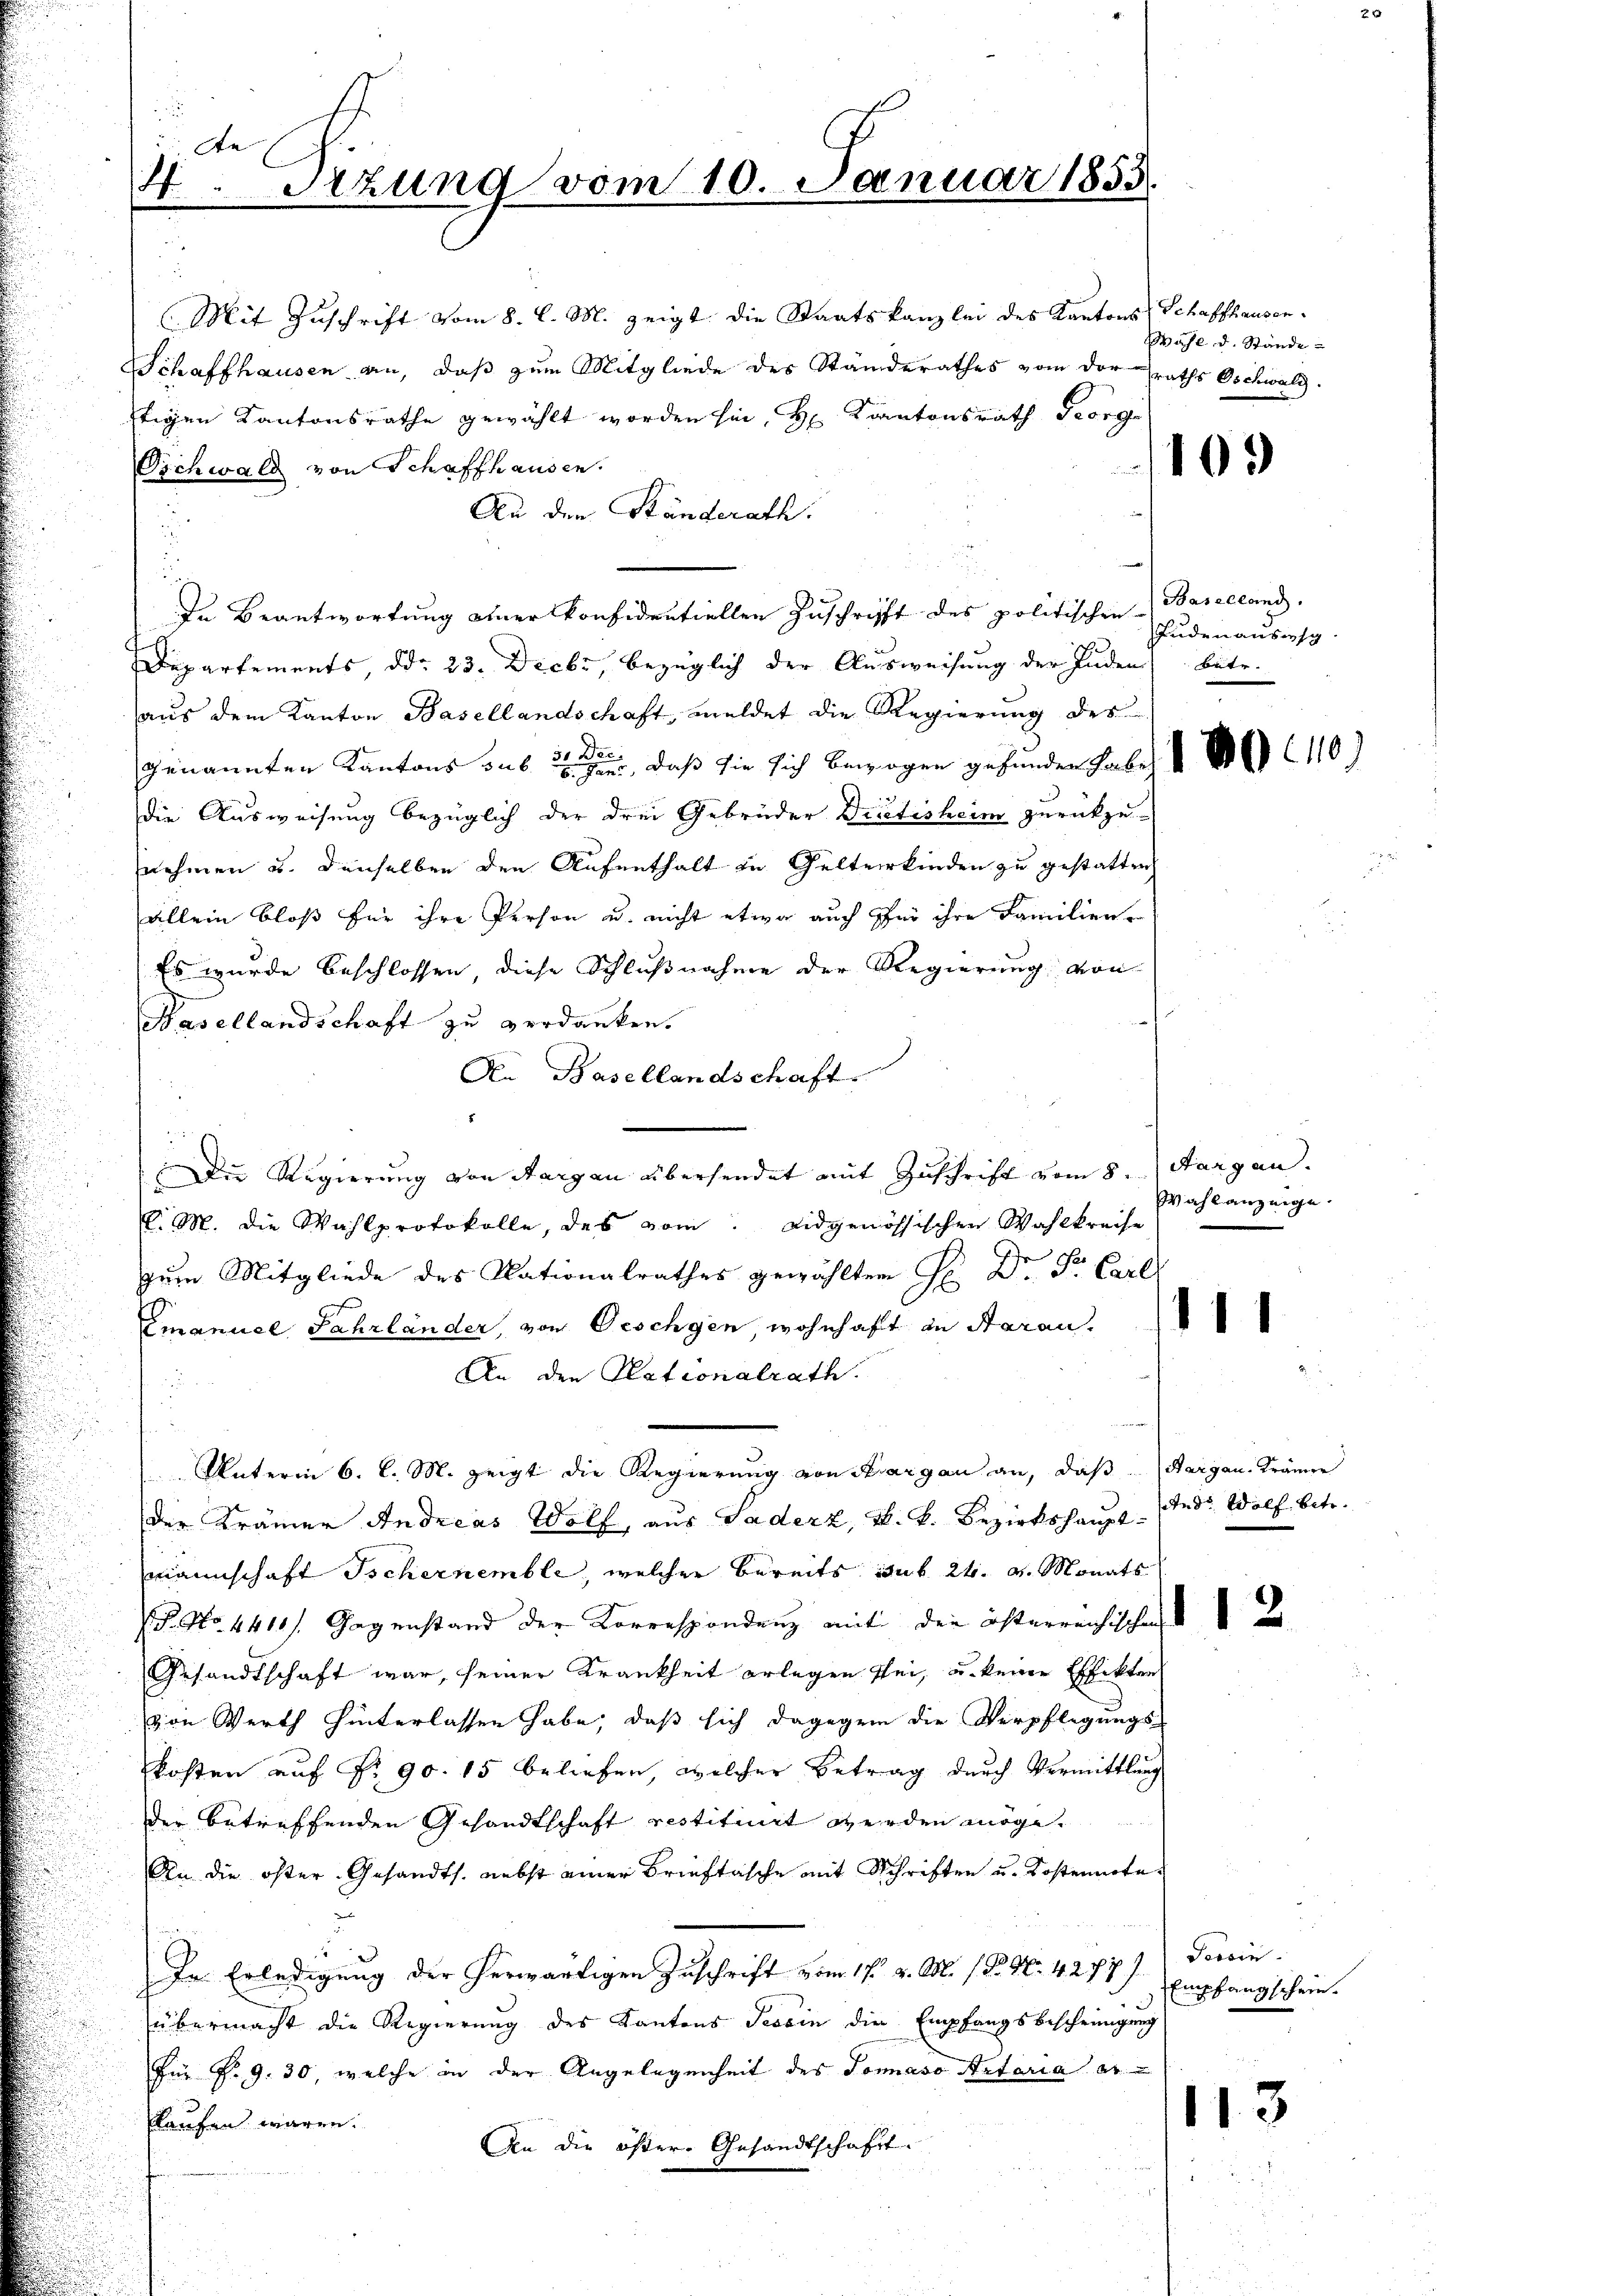
de
4.Sezung vom 10. Januar 1855.

Mit Zuschrift vom 8. l. M. zeigt die Staatskanzlei des Kantons Schaffhausen.
Schaffhausen an, daß zum Mitgliede des Ständerathes vom der raths Oschwald.
ftigen Kantonsrathe gewählt worden hin, Hr. Kantonsrath Georg
Vichwald von Schaffhausen.
An den Ständerath.
In Beantwortung einer konfidentiellen Zuschrift des politischen Baselland.
Departements, ddo 23. Decbr, bezüglich der Ausweisung der Juden betr.
aus dem Kanton Basellandschaft, meldet die Regierung des
genannten Kantons aus der, daß sie sich bewogen gefunden habe, d. M. 110)
die Ausweisung bezüglich der drei Gebrüder Dictisheim zurückzu-
nehmen u. denselben den Aufenthalt in Gelterkinden zu gestatten
allein bloß für ihre Person u. nicht etwa auch für ihre Familien
Es wurde beschlossen, diese Schlußnahme der Regierung von
Hasellandschaft zu verdanken.
An Basellandschaft
C.M. die Wahlprotokolle, des vom Eidgenössischen Wahlkreise
zum Mitgliede des Nationalrathes gewählten H. Dr. Fr. Carl
1
Emanuel Jahrländer, von Geschgen, wohnhaft in Saran¬
An den Nationalrath.
u
Unterm 6. l. M. zeigt die Regierung von Margau an, daß Sargau Krämer
der Krämer Andreas Wolf, aus Saderz, k. k. Bezirkshaupt- Andr. Wolf betr.
Mannschaft Ischernemble, welcher bereits auf 24. v. Monats
P. No. 4411/. Gegenstand der Korrespondenz mit der österrechischen
Gesandtschaft war, seiner Krankheit erlegen sei, u. keine Effekten
von Werth hinterlassen habe, daß sich dagegen die Verpflegungs-
kosten auf Nr. 90. 15 beliefen, welcher Betrag durch Vermittlung
der betreffenden Gesandtschaft restituirt werden möge.
An die öfter Gesandts. nebst einer Brieftasche mit Schriften u. Kostennote¬
Fossin
In Erledigung der herwärtigen Zuschrift vom 17. v. M. 18. N. 4272/ Empfangschrieübermacht die Regierung des Kantons Tessin die Empfangsbescheinigung
Für P. G. 30, welche in der Angelegenheit des Jonaso Artaria er
113
kaufen waren. An die öftere Gesandtschaft.

Die Regierung von Aargau übersendet mit Zuschrift vom 8. Aargau.

Wahl d. Stände

103)

Fuden ausweg

Wahlanzeige

t